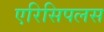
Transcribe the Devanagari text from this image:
एरिसिपलस